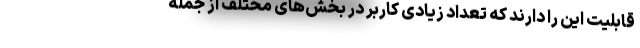
قابلیت این را دارند که تعداد زیادی کاربر در بخش‌های مختلف از جمله‌